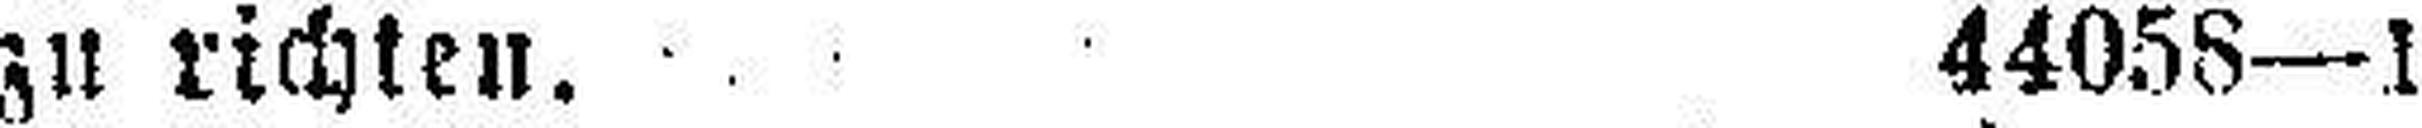
zu richten. 44058—1